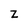
Character: Z